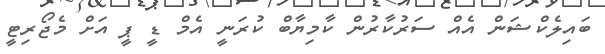
ބައިލެކްޝަން އެއް ސަރުކާރުން ކާމިޔާބް ކުރަނީ އެމް ޑީ ޕީ އަށް މެޖޯރިޓީ